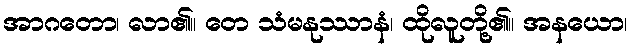
အာဂတော၊ လာ၏။ တေ သံမနုဿာနံ၊ ထိုလူတို့၏။ အနယော၊